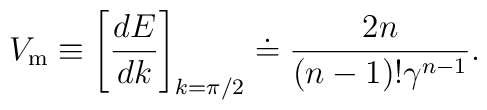
V_{\rm m} \equiv \left[{dE \over dk}\right]_{k=\pi/2} \doteq {2n \over (n-1)!\gamma\sp {n-1}}.